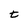
Character: t